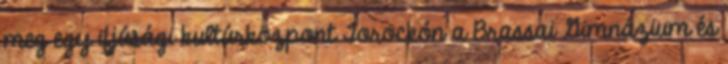
meg egy ifjúsági kultúrközpont Torockón a Brassai Gimnázium és